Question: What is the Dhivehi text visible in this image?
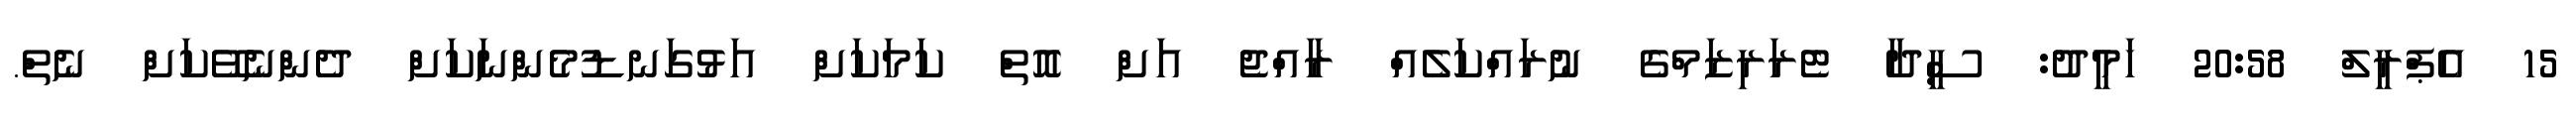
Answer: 15 އެޕްރީލް 20:58 ހަމީދު: ސީދާ ޓެރަރިޒަމްގެ ނުރައްކަލެއް ރާއްޖެ އަށް އޮތް ކަމަކަށް އަޅުގަނޑުމެންނަކަށް ދެންނެވޭކަށް ނެތް.